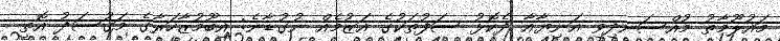
މައުލޫމާތު މުއްސަނދިވި އަނިޔާއާ ދެކޮޅު ސަފުތަކުގެ އަޒުމެއް ނުގުޑާނެ: އިބޫމުޒާހަރާގެ މަގުސަދު އޮތީ